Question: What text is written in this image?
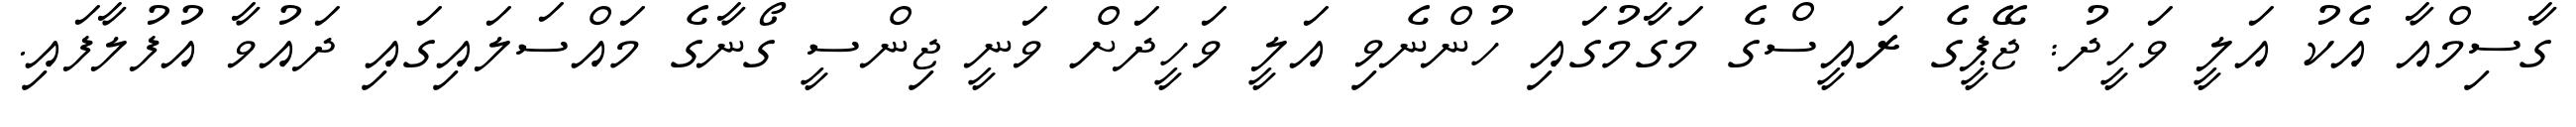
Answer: ގާސިމްއާ އެކު އަލީ ވަހީދު: ޖޭޕީގެ ރައީސްގެ މަގާމުގައި ހުންނެވި އަލީ ވަހީދަށް ވަނީ ޖިންސީ ގޯނާގެ މައްސަލައިގައި ދައުވާ އުފުލާފައި.